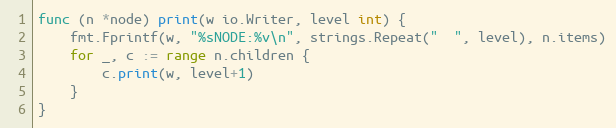
Language: Go
func (n *node) print(w io.Writer, level int) {
	fmt.Fprintf(w, "%sNODE:%v\n", strings.Repeat("  ", level), n.items)
	for _, c := range n.children {
		c.print(w, level+1)
	}
}